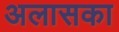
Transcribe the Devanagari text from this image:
अलासका